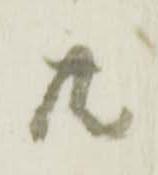
共